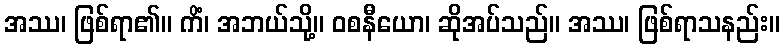
အဿ၊ ဖြစ်ရာ၏။ ကိံ၊ အဘယ်သို့။ ဝစနီယော၊ ဆိုအပ်သည်။ အဿ၊ ဖြစ်ရာသနည်း။